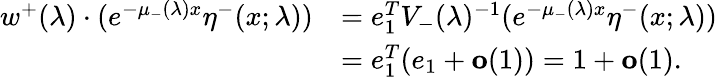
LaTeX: \begin{array}{rl}{w^{+}(\lambda)\cdot(e^{-\mu_{-}(\lambda)x}\eta^{-}(x;\lambda))}&{=e_{1}^{T}V_{-}(\lambda)^{-1}(e^{-\mu_{-}(\lambda)x}\eta^{-}(x;\lambda))}\\ &{=e_{1}^{T}(e_{1}+\mathbf{o}(1))=1+\mathbf{o}(1).}\end{array}